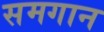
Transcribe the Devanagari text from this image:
समगान